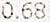
0.68